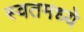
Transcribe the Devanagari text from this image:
स्वतमध्ये